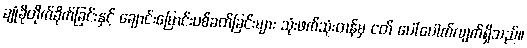
ချုံခိုတိုက်ခိုက်ခြင်းနှင့် ချောင်းမြောင်းပစ်ခတ်ခြင်းများ သုံးဖက်သုံးတန်မှ ငတ် ပေါ်ပေါက်လျက်ရှိသည်။